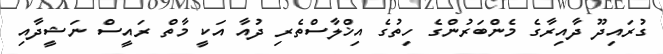
ގުރައިދޫ ދާއިރާގެ މެންބަރުންގެ ހިތުގެ އިޚްލާސްތެރި ދުއާ އަކީ މާތް ރައީސް ނަޝީދާއި